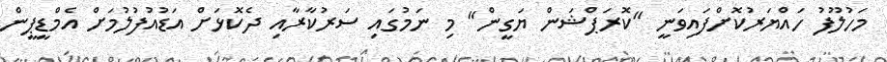
މަހުލޫފު ހައްޔަރުކޮށްފައިވަނީ "ކޮރަޕްޝަން ޔަގީން" މި ނަމުގައި ސަރުކާރާއި ދެކޮޅަށް އަޑުއުފުލުމަށް އެމްޑީޕީން